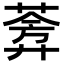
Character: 𬝧